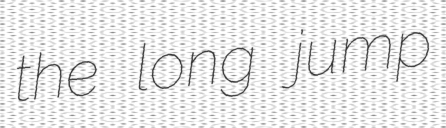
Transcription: the long jump